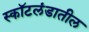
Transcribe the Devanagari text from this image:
स्कॉटलंडातील